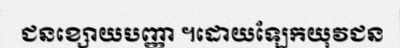
ជនខ្សោយបញ្ញា ។ដោយឡែកយុវជន